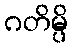
ဂတိမ္ပိ